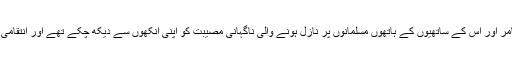
حضرت عمرو بن امیہؓ عامر اور اس کے ساتھیوں کے ہاتھوں مسلمانوں پر نازل ہونے والی ناگہانی مصیبت کو اپنی آنکھوں سے دیکھ چکے تھے اور انتقامی جذبات سے مغلوب تھے۔